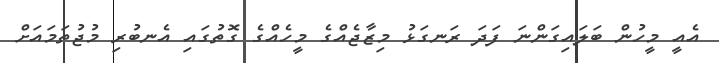
އެއީ މީހުން ބަލައިގަންނަ ފަދަ ރަނގަޅު މިޒާޖެއްގެ މީހެއްގެ ގޮތުގައި އެނބުރި މުޖުތަމައަށް